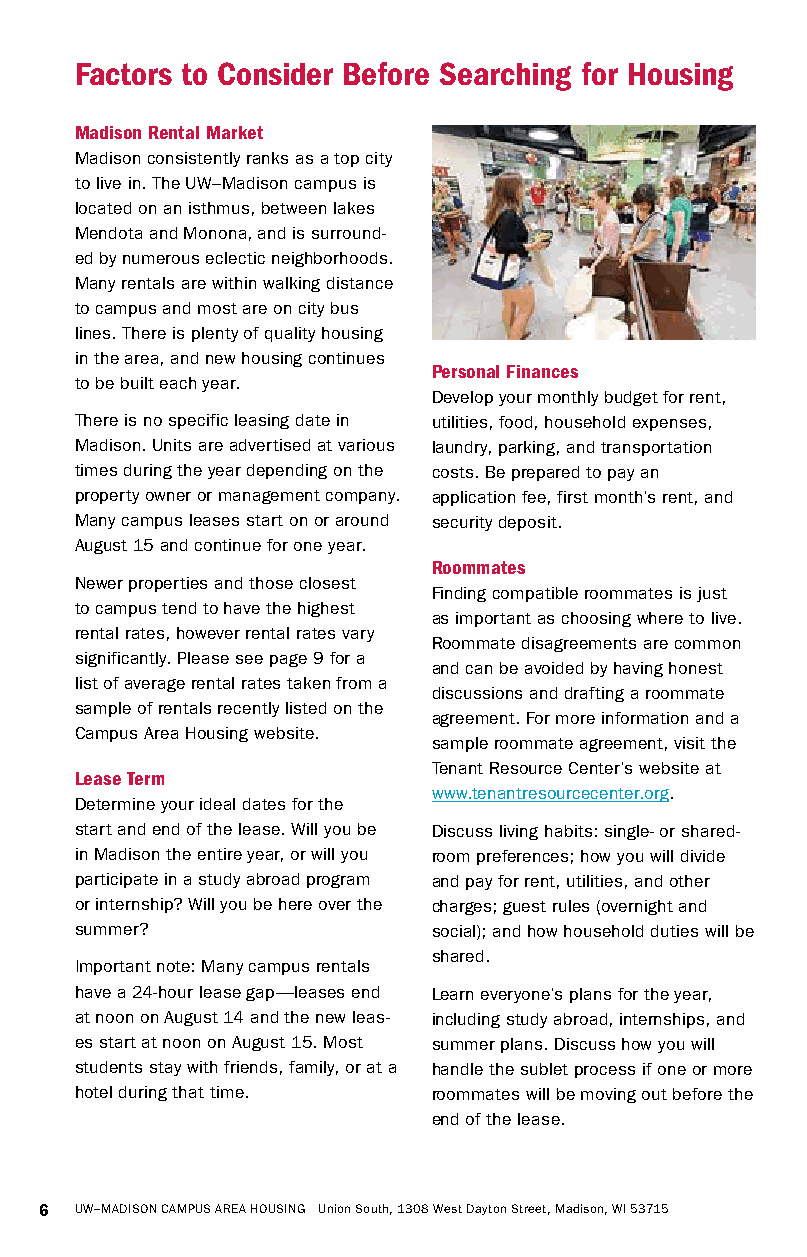
Factors to Consider Before Searching for Housing
 Madison Rental Market
 Madison consistently ranks as a top city
 to live in. The UW–Madison campus is
 located on an isthmus, between lakes
 Mendota and Monona, and is surround-
 ed by numerous eclectic neighborhoods.
 Many rentals are within walking distance
 to campus and most are on city bus
 lines. There is plenty of quality housing
 in the area, and new housing continues
 Personal Finances
 to be built each year.
 Develop your monthly budget for rent,
 There is no specific leasing date in utilities, food, household expenses,
 Madison. Units are advertised at various laundry, parking, and transportation
 times during the year depending on the costs. Be prepared to pay an
 property owner or management company. application fee, first month’s rent, and
 Many campus leases start on or around security deposit.
 August 15 and continue for one year.
 Roommates
 Newer properties and those closest
 Finding compatible roommates is just
 to campus tend to have the highest
 as important as choosing where to live.
 rental rates, however rental rates vary
 Roommate disagreements are common
 significantly. Please see page 9 for a
 and can be avoided by having honest
 list of average rental rates taken from a
 discussions and drafting a roommate
 sample of rentals recently listed on the
 agreement. For more information and a
 Campus Area Housing website.
 sample roommate agreement, visit the
 Tenant Resource Center’s website at
 Lease Term
 www.tenantresourcecenter.org.
 Determine your ideal dates for the
 start and end of the lease. Will you be Discuss living habits: single- or shared-
 in Madison the entire year, or will you room preferences; how you will divide
 participate in a study abroad program and pay for rent, utilities, and other
 or internship? Will you be here over the charges; guest rules (overnight and
 summer?                 social); and how household duties will be
 shared.
 Important note: Many campus rentals
 have a 24-hour lease gap—leases end Learn everyone’s plans for the year,
 at noon on August 14 and the new leas- including study abroad, internships, and
 es start at noon on August 15. Most summer plans. Discuss how you will
 students stay with friends, family, or at a handle the sublet process if one or more
 hotel during that time. roommates will be moving out before the
 end of the lease.
 6 UW–MADISON CAMPUS AREA HOUSING Union South, 1308 West Dayton Street, Madison, WI 53715